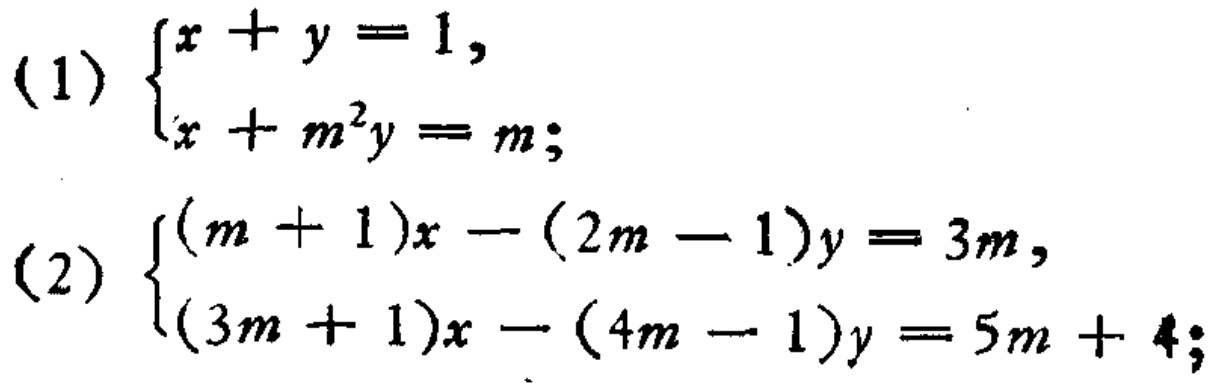
(1) \(\begin{cases}x + y = 1,\\x + m^{2}y = m;\end{cases}\)
(2) \(\begin{cases}(m + 1)x - (2m - 1)y = 3m,\\(3m + 1)x - (4m - 1)y = 5m + 4;\end{cases}\)